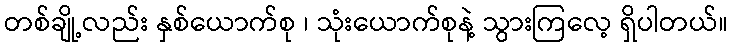
တစ်ချို့လည်း နှစ်ယောက်စု ၊ သုံးယောက်စုနဲ့ သွားကြလေ့ ရှိပါတယ်။